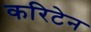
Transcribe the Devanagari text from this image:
करिटेन